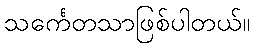
သင်္ကေတသာဖြစ်ပါတယ်။